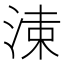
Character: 𣷵